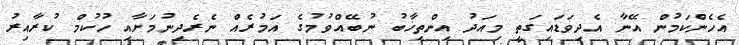
އެހެންކަމުން އޭނާ އެދިވަޑައިގަތީ މިއަދު އިންތިޚާބު ނުބޭއްވުމުގެ އަމުރެއް ނެރެދިނުމަށާއި ހުކުމް ކުރާއިރު